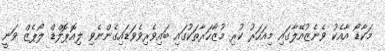
މަކާޑޯ އާއެކު ވެނެޒުއޭލާގައި މިއަހަރު ކުރި މުޒާހަރާތަކުގައި ބައިވެރިވެވަޑައިގެންނެވި ލިއޮޕޮލްޑް ލޯޕެޒް ވަނީ